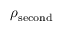
\rho _ { \mathrm { s e c o n d } }